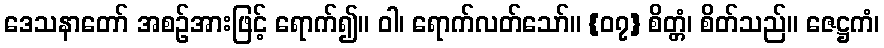
ဒေသနာတော် အစဉ်အားဖြင့် ရောက်၍။ ဝါ၊ ရောက်လတ်သော်။ {၀၇} စိတ္တံ၊ စိတ်သည်။ ဇေဋ္ဌကံ၊